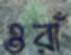
ওরাঁ